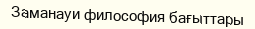
Заманауи философия бағыттары